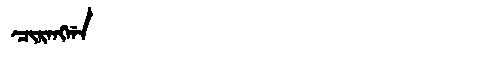
Manchu: ᠴᡳᡵᠠᠩᡤᠠ
Romanization: CIRANGGA